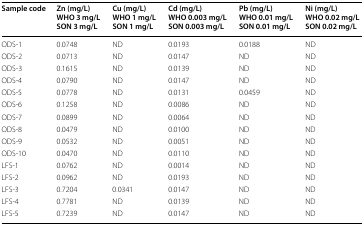
| Sample code | Zn (mg/L)WHO 3 mg/LSON 3 mg/L | Cu (mg/L)WHO 1 mg/LSON 1 mg/L | Cd (mg/L)WHO 0.003 mg/LSON 0.003 mg/L | Pb (mg/L)WHO 0.01 mg/LSON 0.01 mg/L | Ni (mg/L)WHO 0.02 mg/LSON 0.02 mg/L |
 | --- | --- | --- | --- | --- | --- |
 | ODS-1 | 0.0748 | ND | 0.0193 | 0.0188 | ND |
 | ODS-2 | 0.0713 | ND | 0.0147 | ND | ND |
 | ODS-3 | 0.1615 | ND | 0.0139 | ND | ND |
 | ODS-4 | 0.0790 | ND | 0.0147 | ND | ND |
 | ODS-5 | 0.0778 | ND | 0.0131 | 0.0459 | ND |
 | ODS-6 | 0.1258 | ND | 0.0086 | ND | ND |
 | ODS-7 | 0.0899 | ND | 0.0064 | ND | ND |
 | ODS-8 | 0.0479 | ND | 0.0100 | ND | ND |
 | ODS-9 | 0.0532 | ND | 0.0051 | ND | ND |
 | ODS-10 | 0.0470 | ND | 0.0110 | ND | ND |
 | LFS-1 | 0.0762 | ND | 0.0014 | ND | ND |
 | LFS-2 | 0.0962 | ND | 0.0193 | ND | ND |
 | LFS-3 | 0.7204 | 0.0341 | 0.0147 | ND | ND |
 | LFS-4 | 0.7781 | ND | 0.0139 | ND | ND |
 | LFS-5 | 0.7239 | ND | 0.0147 | ND | ND |